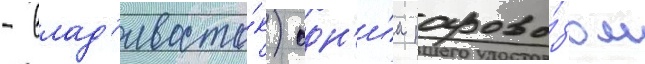
- влад'ивосто́к) одн'и́м парово́зом